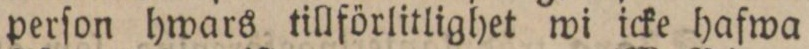
perſon hwars tillförlitlighet wi icke hafwa